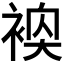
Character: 𬡢